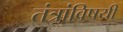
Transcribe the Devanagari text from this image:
तंत्रांविषयी